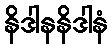
နိဒါနနိဒါနံ